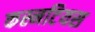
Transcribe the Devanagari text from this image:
कस्नटियस